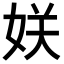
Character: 𭑹